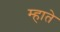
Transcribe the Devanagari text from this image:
म्हाते